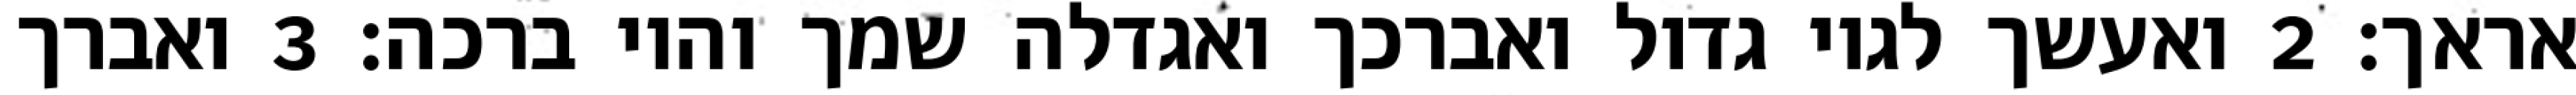
אראך׃ ‎2‏ ואעשך לגוי גדול ואברכך ואגדלה שמך והוי ברכה׃ ‎3‏ ואברך